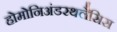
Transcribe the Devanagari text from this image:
होमोनिअंडरथलैसिस